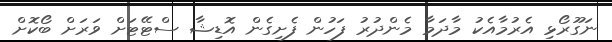
ނަގޫރޯޅި އެރުމާއެކު މާދަމާ މެންދުރު ފަހުން ފެށިގެން އޮޑިޝާ ސްޓޭޓަށް ވަރަށް ބޯކޮށް